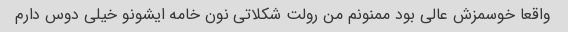
واقعا خوسمزش عالی بود ممنونم من رولت شکلاتی نون خامه ایشونو خیلی دوس دارم